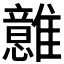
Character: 𩁈